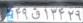
۴۹ق۱۳۴۲۹